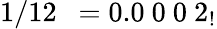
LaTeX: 1/12\ \ =0.0\ 0\ 0\ 2_{!}